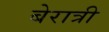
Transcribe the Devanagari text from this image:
बेरात्री